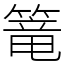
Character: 篭